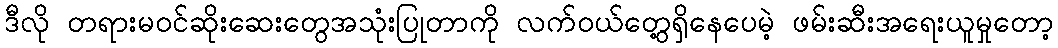
ဒီလို တရားမဝင်ဆိုးဆေးတွေအသုံးပြုတာကို လက်ဝယ်တွေ့ရှိနေပေမဲ့ ဖမ်းဆီးအရေးယူမှုတော့